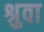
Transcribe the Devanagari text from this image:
श्रुवा